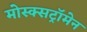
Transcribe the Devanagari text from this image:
मोस्क्सट्रॉमेन